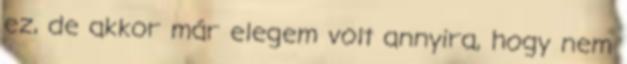
ez, de akkor már elegem volt annyira, hogy nem